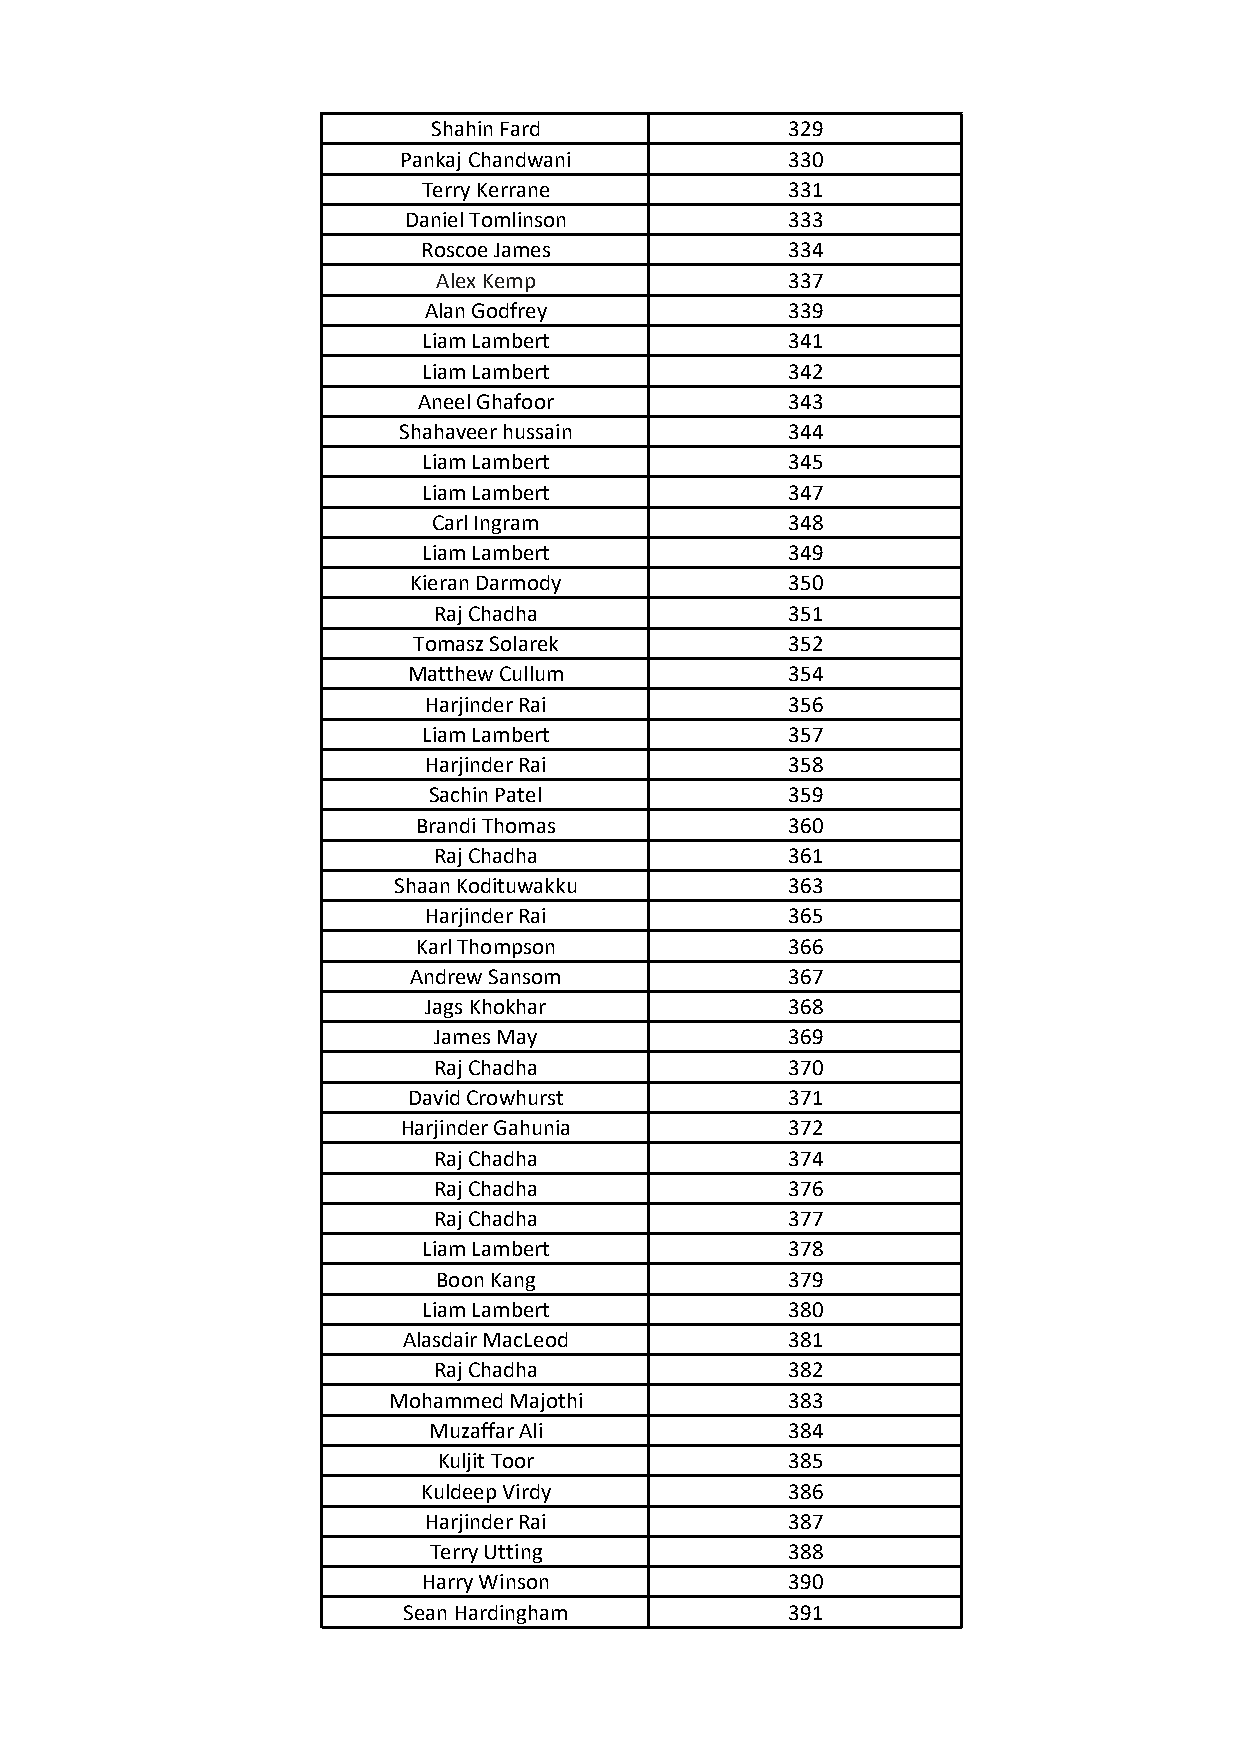
Shahin Fard            329
 Pankaj Chandwani          330
 Terry Kerrane           331
 Daniel Tomlinson         333
 Roscoe James            334
 Alex Kemp              337
 Alan Godfrey            339
 Liam Lambert            341
 Liam Lambert            342
 Aneel Ghafoor           343
 Shahaveer hussain         344
 Liam Lambert            345
 Liam Lambert            347
 Carl Ingram            348
 Liam Lambert            349
 Kieran Darmody           350
 Raj Chadha             351
 Tomasz Solarek           352
 Matthew Cullum           354
 Harjinder Rai           356
 Liam Lambert            357
 Harjinder Rai           358
 Sachin Patel            359
 Brandi Thomas           360
 Raj Chadha             361
 Shaan Kodituwakku         363
 Harjinder Rai           365
 Karl Thompson            366
 Andrew Sansom            367
 Jags Khokhar            368
 James May              369
 Raj Chadha             370
 David Crowhurst          371
 Harjinder Gahunia        372
 Raj Chadha             374
 Raj Chadha             376
 Raj Chadha             377
 Liam Lambert            378
 Boon Kang              379
 Liam Lambert            380
 Alasdair MacLeod         381
 Raj Chadha             382
 Mohammed Majothi          383
 Muzaffar Ali            384
 Kuljit Toor            385
 Kuldeep Virdy           386
 Harjinder Rai           387
 Terry Utting            388
 Harry Winson            390
 Sean Hardingham          391